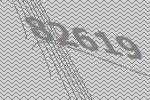
82619